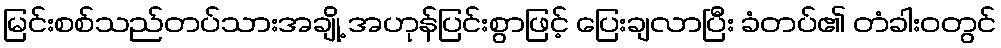
မြင်းစစ်သည်တပ်သားအချို့ အဟုန်ပြင်းစွာဖြင့် ပြေးချလာပြီး ခံတပ်၏ တံခါးဝတွင်